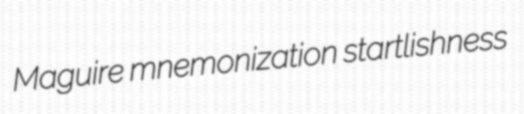
Maguire mnemonization startlishness